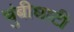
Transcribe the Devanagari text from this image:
चुंबीघाटी